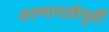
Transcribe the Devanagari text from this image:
शरणागतीपूर्वी